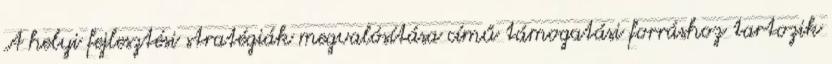
A helyi fejlesztési stratégiák megvalósítása című támogatási forráshoz tartozik